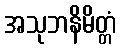
အသုဘနိမိတ္တံ